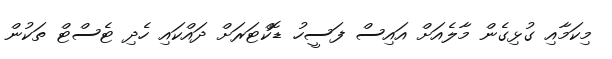
މިކަމާއި ގުޅިގެން މާލެއަށް އައިސް ފަސީހު ޑޮކްޓަރަށް ދައްކައި ހެދި ޓެސްޓް ތަކުން